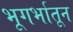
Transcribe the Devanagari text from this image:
भूगर्भातून